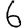
Digit: 6